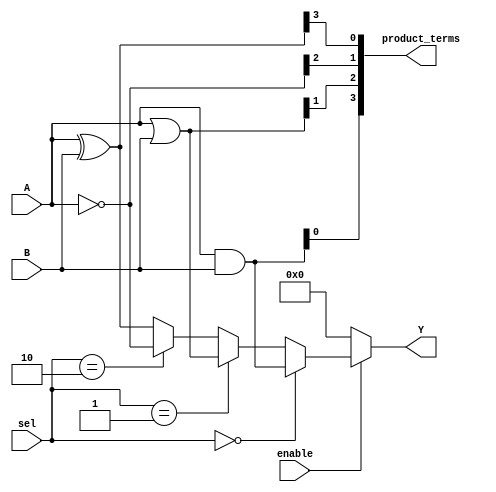
module combinational_logic_block (
    input  wire [3:0] A,       // 4-bit input signal A
    input  wire [3:0] B,       // 4-bit input signal B
    input  wire [1:0] sel,     // Selector for multiplexer
    input  wire enable,         // Control signal to enable/disable the logic
    output wire [3:0] Y,       // 4-bit output signal
    output wire [3:0] product_terms // Product terms output
);

// Internal signals
wire [3:0] and_result;         // AND results
wire [3:0] or_result;          // OR results
wire [3:0] not_result;         // NOT results
wire [3:0] xor_result;         // XOR results

// Basic logic functions
assign and_result = A & B;     // AND operation
assign or_result  = A | B;     // OR operation
assign not_result = ~A;        // NOT operation (inverted A)
assign xor_result  = A ^ B;    // XOR operation

// Product terms (sum of products)
assign product_terms = {and_result[0], or_result[1], not_result[2], xor_result[3]};

// Multiplexer for output selection based on 'sel' input
assign Y = (enable) ? 
           (sel == 2'b00 ? and_result :
            sel == 2'b01 ? or_result :
            sel == 2'b10 ? not_result :
            xor_result) : 4'b0000; // Output is 0 when disabled

endmodule